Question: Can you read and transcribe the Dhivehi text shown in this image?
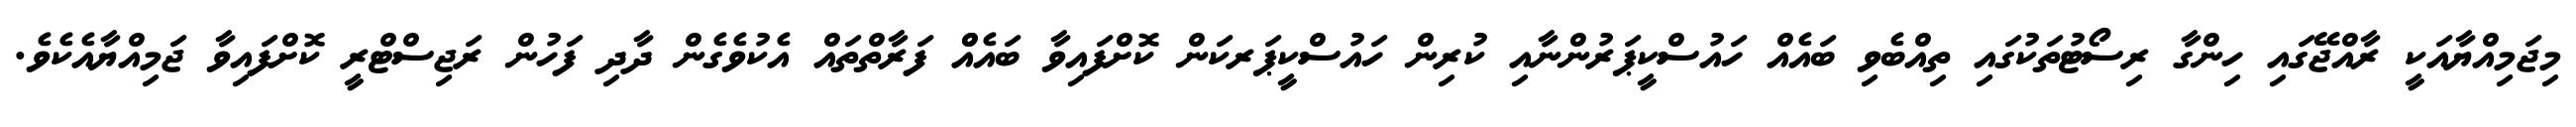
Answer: މިޖަމިއްޔާއަކީ ރާއްޖޭގައި ހިންގާ ރިސޯޓުތަކުގައި ތިއްބެވި ބައެއް ހައުސްކީޕަރުންނާއި ކުރިން ހައުސްކީޕަރކަން ކޮށްފައިވާ ބައެއްް ފަރާތްތައް އެކުވެގެން ދާދި ފަހުން ރަޖިސްޓްރީ ކޮށްފައިވާ ޖަމިއްޔާއެކެވެ.